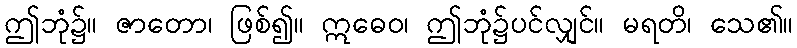
ဤဘုံ၌။ ဇာတော၊ ဖြစ်၍။ ဣဓေဝ၊ ဤဘုံ၌ပင်လျှင်။ မရတိ၊ သေ၏။